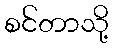
စင်တာသို့